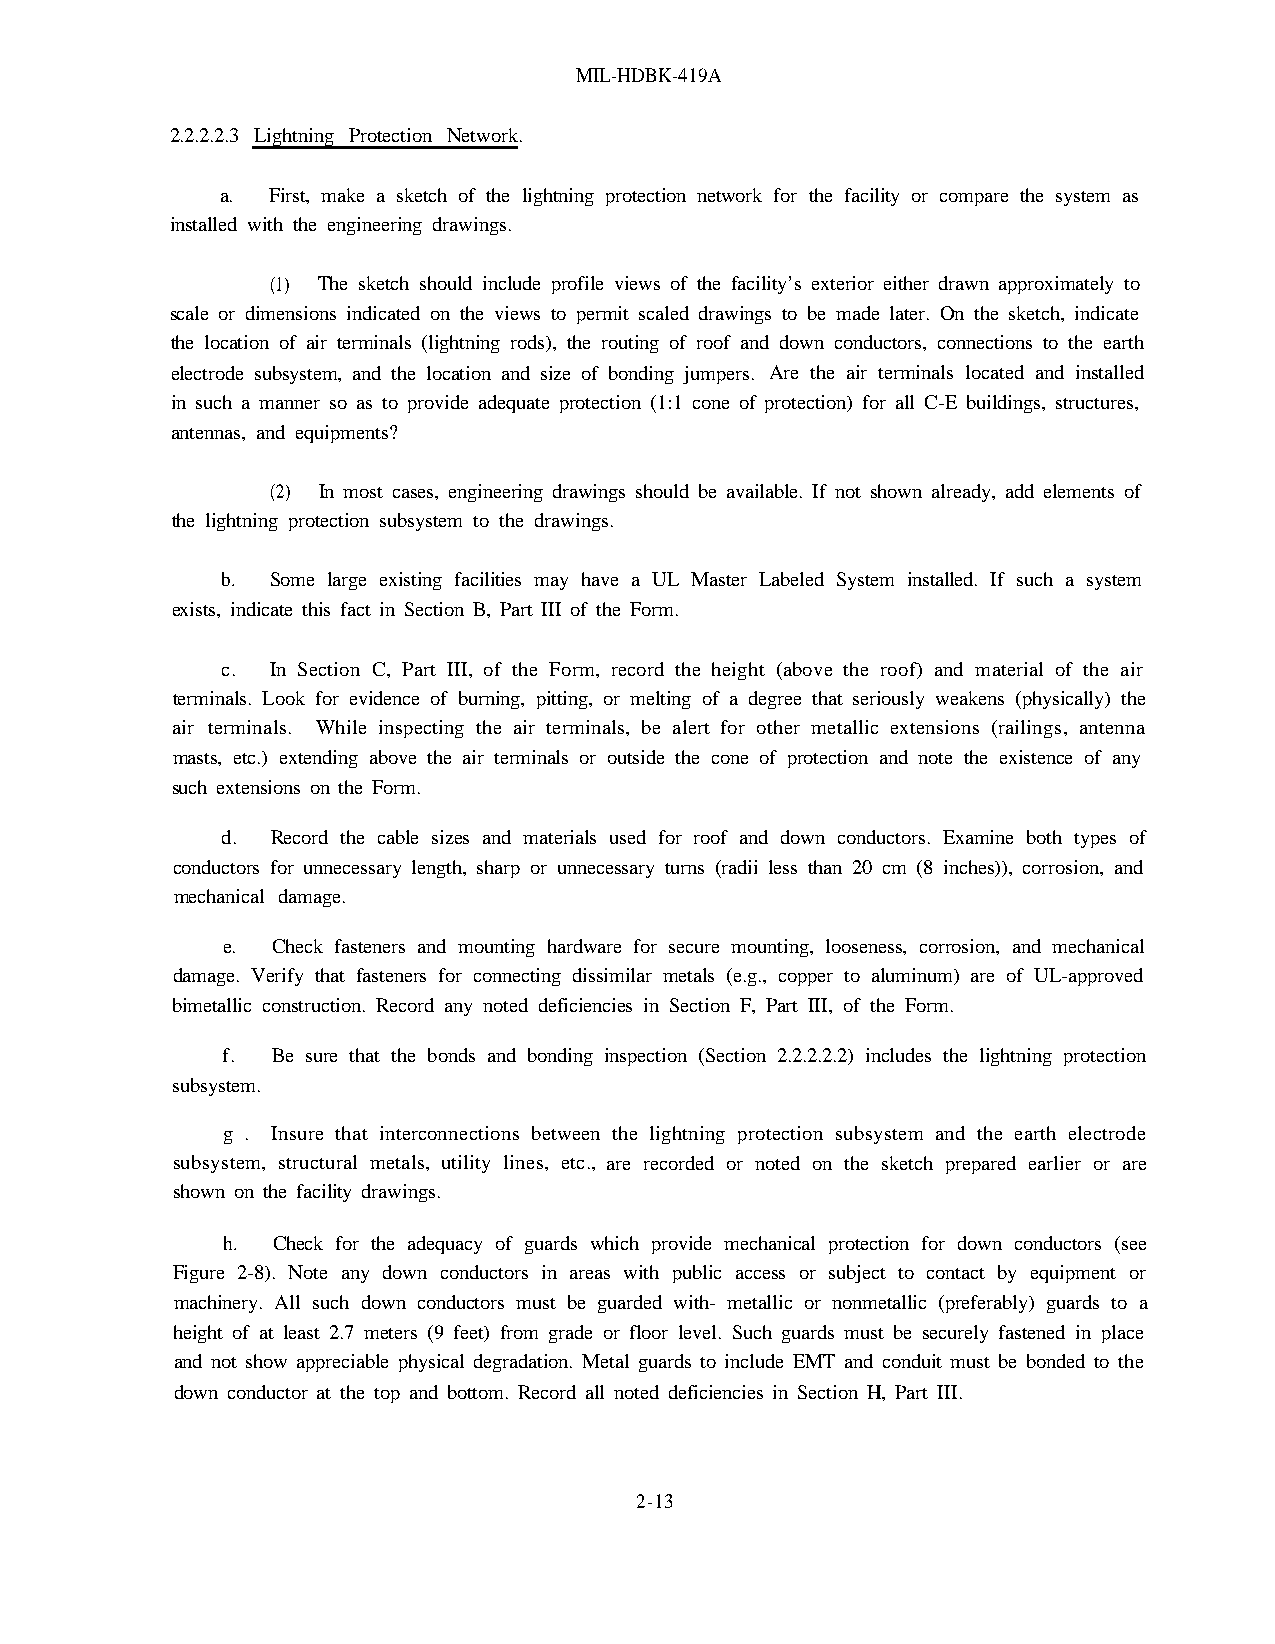
MIL-HDBK-419A
 2.2.2.2.3 Lightning Protection Network.
 a. First, make a sketch of the lightning protection network for the facility or compare the system as
 installed with the engineering drawings.
 (1) The sketch should include profile views of the facility’s exterior either drawn approximately to
 scale or dimensions indicated on the views to permit scaled drawings to be made later. On the sketch, indicate
 the location of air terminals (lightning rods), the routing of roof and down conductors, connections to the earth
 electrode subsystem, and the location and size of bonding jumpers. Are the air terminals located and installed
 in such a manner so as to provide adequate protection (1:1 cone of protection) for all C-E buildings, structures,
 antennas, and equipments?
 (2) In most cases, engineering drawings should be available. If not shown already, add elements of
 the lightning protection subsystem to the drawings.
 b. Some large existing facilities may have a UL Master Labeled System installed. If such a system
 exists, indicate this fact in Section B, Part III of the Form.
 c. In Section C, Part III, of the Form, record the height (above the roof) and material of the air
 terminals. Look for evidence of burning, pitting, or melting of a degree that seriously weakens (physically) the
 air terminals. While inspecting the air terminals, be alert for other metallic extensions (railings, antenna
 masts, etc.) extending above the air terminals or outside the cone of protection and note the existence of any
 such extensions on the Form.
 d. Record the cable sizes and materials used for roof and down conductors. Examine both types of
 conductors for unnecessary length, sharp or unnecessary turns (radii less than 20 cm (8 inches)), corrosion, and
 mechanical damage.
 e. Check fasteners and mounting hardware for secure mounting, looseness, corrosion, and mechanical
 damage. Verify that fasteners for connecting dissimilar metals (e.g., copper to aluminum) are of UL-approved
 bimetallic construction. Record any noted deficiencies in Section F, Part III, of the Form.
 f. Be sure that the bonds and bonding inspection (Section 2.2.2.2.2) includes the lightning protection
 subsystem.
 g. Insure that interconnections between the lightning protection subsystem and the earth electrode
 subsystem, structural metals, utility lines, etc., are recorded or noted on the sketch prepared earlier or are
 shown on the facility drawings.
 h. Check for the adequacy of guards which provide mechanical protection for down conductors (see
 Figure 2-8). Note any down conductors in areas with public access or subject to contact by equipment or
 machinery. All such down conductors must be guarded with- metallic or nonmetallic (preferably) guards to a
 height of at least 2.7 meters (9 feet) from grade or floor level. Such guards must be securely fastened in place
 and not show appreciable physical degradation. Metal guards to include EMT and conduit must be bonded to the
 down conductor at the top and bottom. Record all noted deficiencies in Section H, Part III.
 2-13